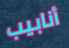
أنابيب